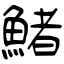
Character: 鯺